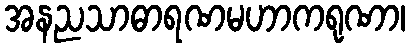
အနညသာဓာရဏမဟာကရုဏာ၊